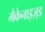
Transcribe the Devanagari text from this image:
मैकेनाइज़्ड